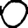
Digit: 0